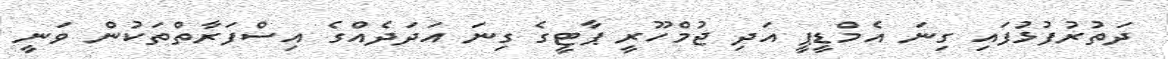
ދަތުރުފުޅުފައި ގިނަ އެމްޑީޕީ އަދި ޖުމްހޫރީ ޕާޓީގެ ގިނަ އަދަދެއްގެ އިސްފަރާތްތަކުން ވަނީ